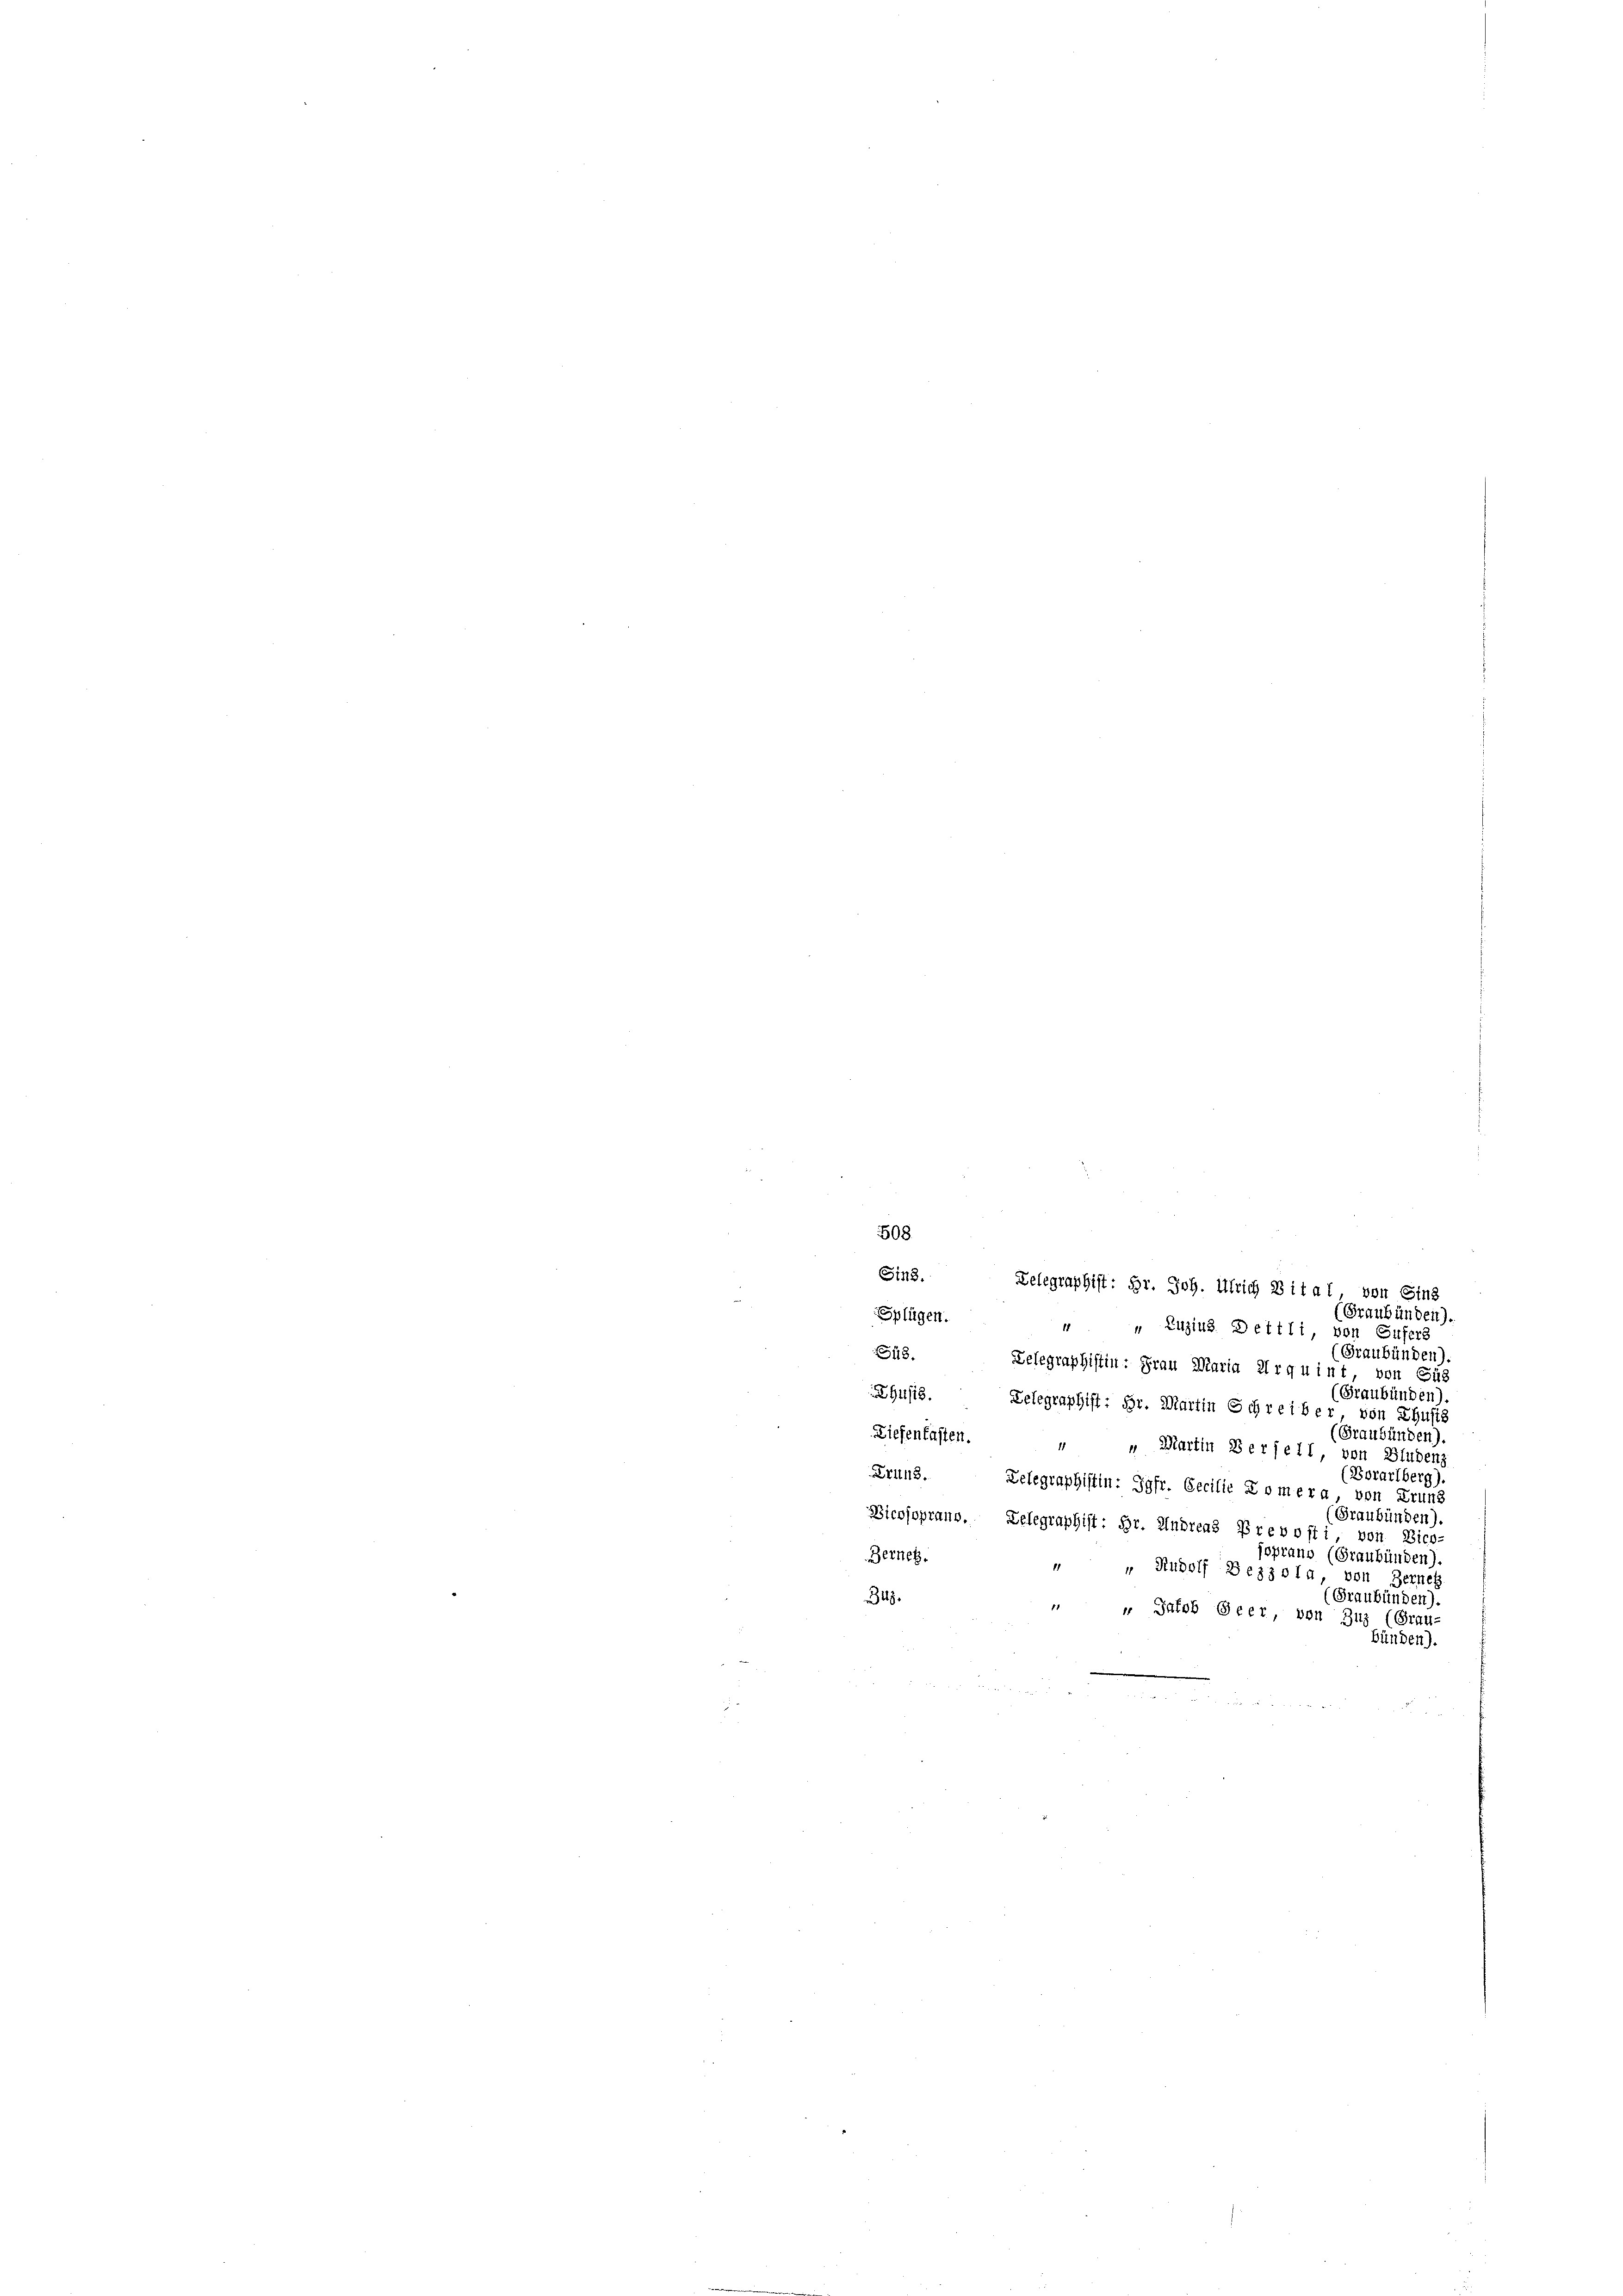
508.
Sin3. Telegraphist: Hr. Joh. Ulrich Vital, von Sins
(Graubünden).
Splügen.
4 " Zuzius Dettli, von Gufers
Graubünden).
Sus. Telegraphistin: Frau Maria Arquint, von Sus
(Graubünden).
Ehusis. Lelegraphift: Hr. Martin Schreiber, von Thusis
Graubünden).
Ziefenfassen. „ „ Martin Bereit, von Bludenz
Borarlberg)
Krung. Zelegraphistin: Jgfr. Cecilie Komera, von Grund
Graubünden).
Bicosoprano. Delegraphist: Hr. Andreas Prevoff,
von. Bico
soprano (Graubünden).
Berneh
 " Rudolf Bezzola, von Berneh
(Graubünden).
347.
 „ Jakob Heer, von Zuz (Grau-
bünden).
.